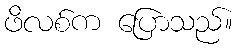
ဖိလစ်က ပြောသည်။